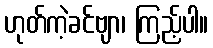
ဟုတ်ကဲ့ခင်ဗျာ၊ ကြည့်ပါ။